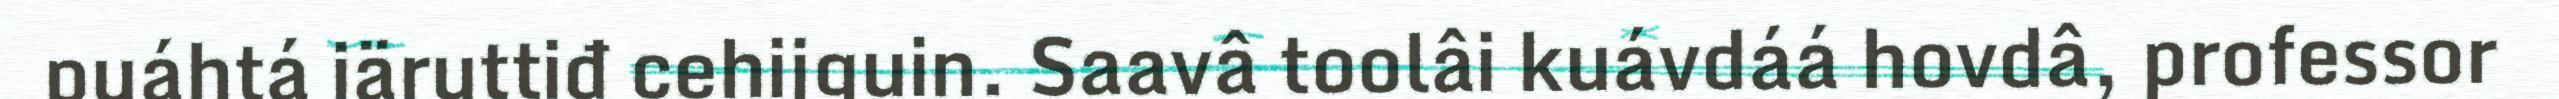
puáhtá iäruttiđ cehijguin. Saavâ toolâi kuávdáá hovdâ, professor